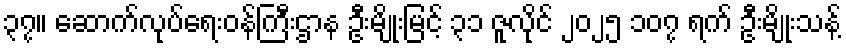
၃၇။ ဆောက်လုပ်ရေးဝန်ကြီးဌာန ဦးမျိုးမြင့် ၃၁ ဇူလိုင် ၂၀၂၅ ၁၀၇ ရက် ဦးမျိုးသန့်